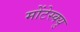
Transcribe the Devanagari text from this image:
मोंटेस्क्यु